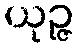
ယုဉ္ဇ